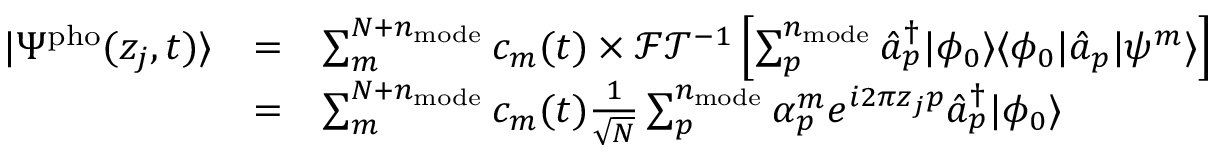
\begin{array} { c c l } { | \Psi ^ { \mathrm { p h o } } ( z _ { j } , t ) \rangle } & { = } & { \sum _ { m } ^ { N + n _ { \mathrm { m o d e } } } c _ { m } ( t ) \times \mathcal { F T } ^ { - 1 } \left[ \sum _ { p } ^ { n _ { \mathrm { m o d e } } } \hat { a } _ { p } ^ { \dagger } | \phi _ { 0 } \rangle \langle \phi _ { 0 } | \hat { a } _ { p } | \psi ^ { m } \rangle \right] } \\ & { = } & { \sum _ { m } ^ { N + n _ { \mathrm { m o d e } } } c _ { m } ( t ) \frac { 1 } { \sqrt N } \sum _ { p } ^ { n _ { \mathrm { m o d e } } } \alpha _ { p } ^ { m } e ^ { i 2 \pi z _ { j } p } \hat { a } _ { p } ^ { \dagger } | \phi _ { 0 } \rangle } \end{array}